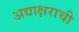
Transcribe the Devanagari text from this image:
अद्याक्षराची